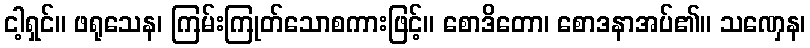
ငါ့ရှင်။ ဖရုသေန၊ ကြမ်းကြုတ်သောစကားဖြင့်။ စောဒိတော၊ စောဒနာအပ်၏။ သဏှေန၊